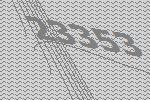
23353